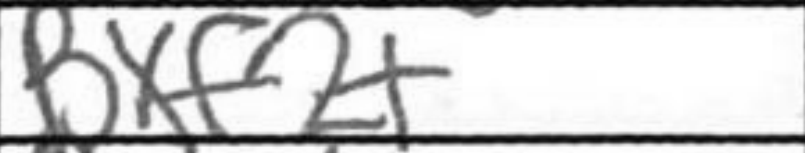
Transcription: Bxf2+